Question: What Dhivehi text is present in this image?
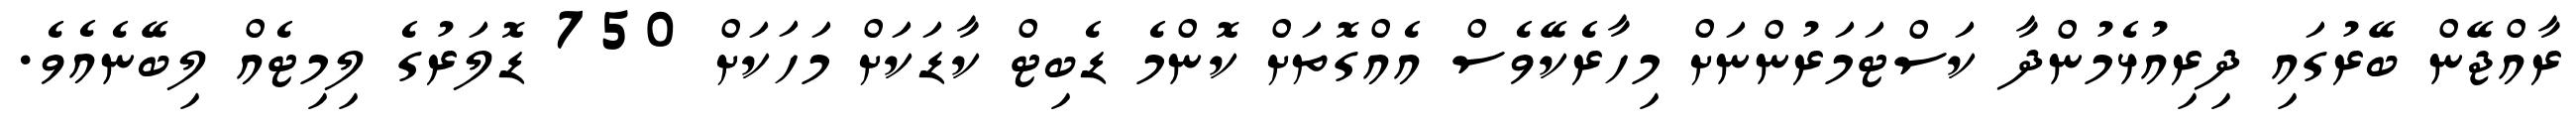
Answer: ރާއްޖޭން ބޭރުގައި ދިރިއުޅެމުންދާ ކަސްޓަމަރުންނަށް މިހާރެކޭވެސް އެއްގޮތަށް ކޮންމެ ޑެބިޓް ކާޑަކަށް މަހަކަށް 750 ޑޮލަރުގެ ލިމިޓެއް ލިބޭނެއެވެ.